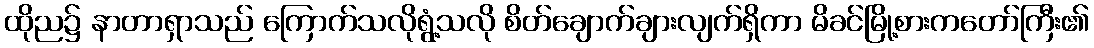
ထိုည၌ နာတာရှာသည် ကြောက်သလိုရွံ့သလို စိတ်ချောက်ချားလျက်ရှိကာ မိခင်မြို့စားကတော်ကြီး၏